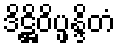
ဒိဋ္ဌိဝိပ္ဖန္ဒိတံ